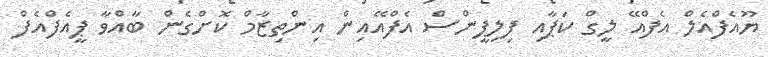
ޔޫއެފްއެލް އެފްއޭ ލީގް ކަޕާއި ފިލިޕީންސް އެފްއޭއިން އިންތިޒާމް ކޮށްގެން ބާއްވާ ޕީއެފްއެފް